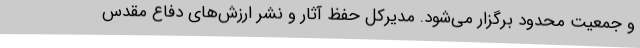
و جمعیت محدود برگزار می‌شود. مدیرکل حفظ آثار و نشر ارزش‌های دفاع مقدس